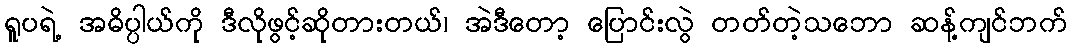
ရူပရဲ့ အဓိပ္ပါယ်ကို ဒီလိုဖွင့်ဆိုတားတယ်၊ အဲဒီတော့ ပြောင်းလွဲ တတ်တဲ့သဘော ဆန့်ကျင်ဘက်